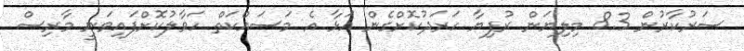
ސަރުކާރުން 8.3 މިލިޔަން ރުފިޔާ ހަރަދުކޮށްގެން އަޅާ އެ މަސައްކަތް ހަވާލުކޮށްފައިވަނީ މާރިސް